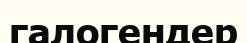
галогендер